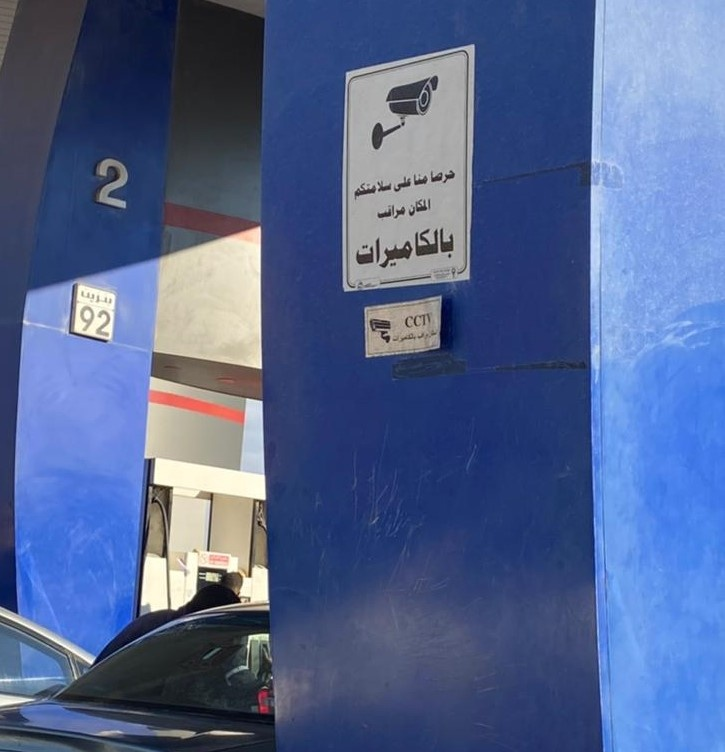
Text in image: حرصا منا على سلامتكم المكان مراقب بالكاميرات 2 92